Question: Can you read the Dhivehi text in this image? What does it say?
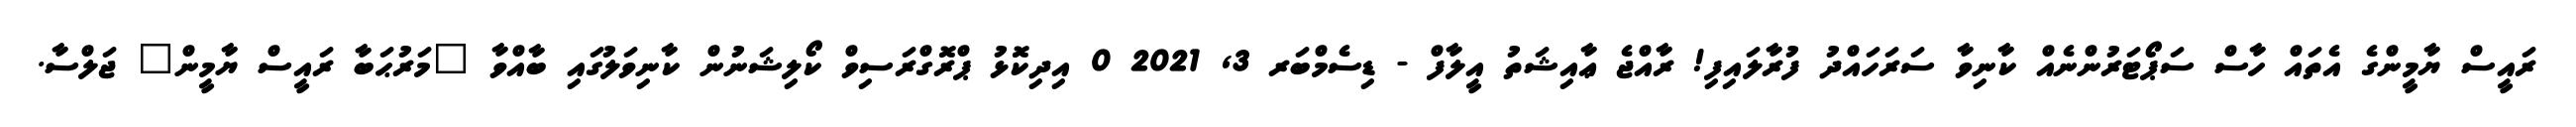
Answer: ރައީސް ޔާމީންގެ އެތައް ހާސް ސަޕޯޓަރުންނެއް ކާނިވާ ސަރަހައްދު ފުރާލައިފި! ރާއްޖެ ޢާއިޝަތު އީލާފް - ޑިސެމްބަރ 3, 2021 0 އިދިކޮޅު ޕްރޮގްރަސިވް ކޯލިޝަނުން ކާނިވަލުގައި ބާއްވާ "މަރުޙަބާ ރައީސް ޔާމީން" ޖަލްސާ.